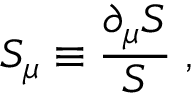
S _ { \mu } \equiv \frac { \partial _ { \mu } S } { S } \; ,